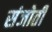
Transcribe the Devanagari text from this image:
संजोती